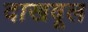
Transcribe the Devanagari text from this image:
दाखवूल